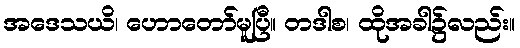
အဒေသယိ၊ ဟောတော်မူပြီ။ တဒါစ၊ ထိုအခါ၌လည်း။